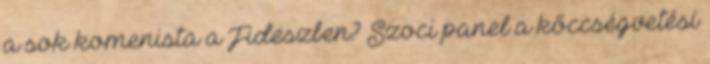
a sok komenista a Fideszben? Szoci panel a kőccségvetési